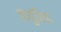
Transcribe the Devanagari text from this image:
तापुरिया